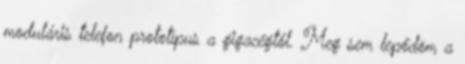
moduláris telefon prototípus a gigacégtől. Meg sem lepődöm a